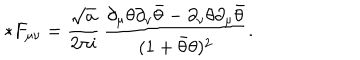
{ * } F _ { \mu \nu } = \frac { \sqrt { a } } { 2 \pi i } \, \frac { \partial _ { \mu } \theta \partial _ { \nu } { \bar { \theta } } - \partial _ { \nu } \theta \partial _ { \mu } { \bar { \theta } } } { ( 1 + { \bar { \theta } } \theta ) ^ { 2 } } .